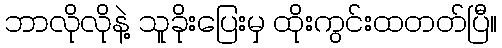
ဘာလိုလိုနဲ့ သူခိုးပြေးမှ ထိုးကွင်းထတတ်ပြီ။